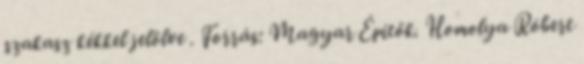
szakasz kékkel jelölve . Forrás: Magyar Építők. Homolya Róbert